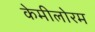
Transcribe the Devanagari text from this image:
केमीलोरम